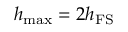
h _ { \mathrm { m a x } } = 2 h _ { \mathrm { F S } }